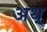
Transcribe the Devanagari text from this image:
अथ़्